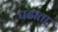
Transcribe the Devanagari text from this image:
पढाता